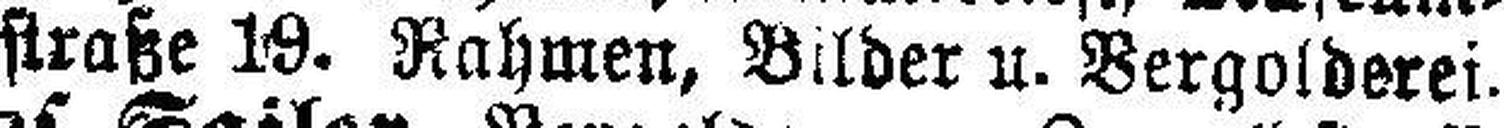
straße 19. Rahmen, Bilder u. Vergolderei.